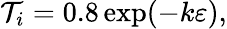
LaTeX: \mathcal{T}_{i}=0.8\exp(-k\varepsilon),